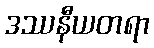
ဒဿနီယတရာ